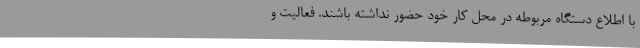
با اطلاع دستگاه مربوطه در محل کار خود حضور نداشته باشند. فعالیت و